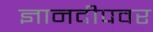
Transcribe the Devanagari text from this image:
ज्ञानदीपवर